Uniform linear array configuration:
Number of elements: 64
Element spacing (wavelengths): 0.5
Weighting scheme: blackman
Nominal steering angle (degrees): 60
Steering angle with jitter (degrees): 59.281
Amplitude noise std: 0.05
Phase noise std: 0.05

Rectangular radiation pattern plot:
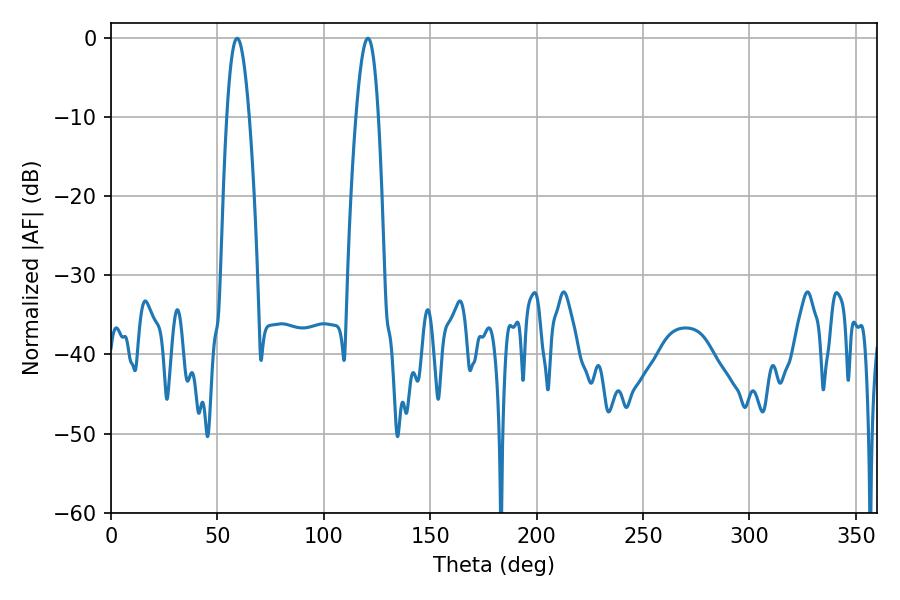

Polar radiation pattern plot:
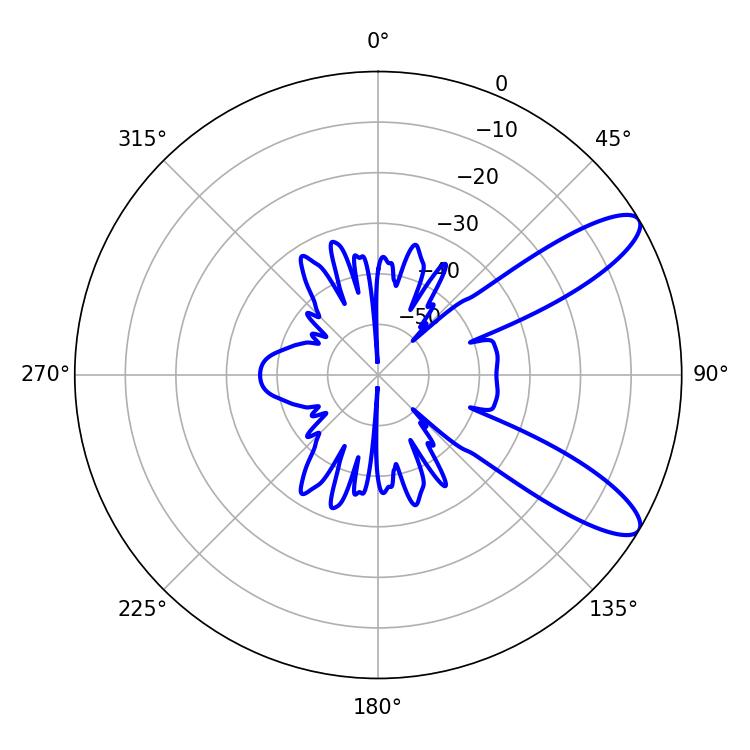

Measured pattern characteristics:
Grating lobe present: FALSE
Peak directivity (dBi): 10.276
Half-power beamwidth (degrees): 5.76
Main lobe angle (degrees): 59.22